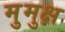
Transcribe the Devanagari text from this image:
मुुमुक्ष